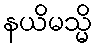
နယိမသ္မိ